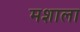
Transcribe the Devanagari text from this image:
मशाला